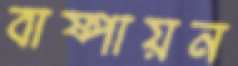
বাষ্পায়ন